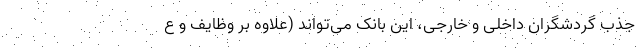
جذب گردشگران داخلی و خارجی، این بانک می‌تواند (علاوه بر وظایف و ع